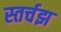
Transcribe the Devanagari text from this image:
स्तर्चझ